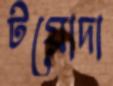
টয়োদা